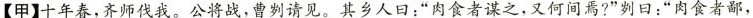
【甲】十年春，齐师伐我。公将战，曹刿请见。其乡人曰：”肉食者谋之，又何间焉?”刿曰：”肉食者鄙，